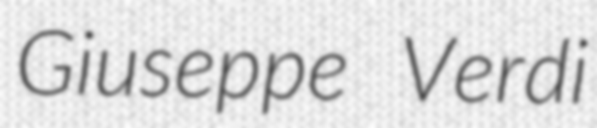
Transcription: Giuseppe Verdi